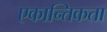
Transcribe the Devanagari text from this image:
एकान्तिकता